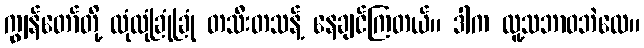
ကျွန်တော်တို့ လုံလုံခြုံခြုံ တသီးတသန့် နေချင်ကြတယ်။ ဒါက လူ့သဘာဝဘဲလေ။